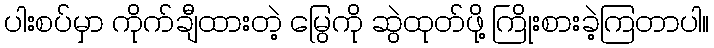
ပါးစပ်မှာ ကိုက်ချီထားတဲ့ မြွေကို ဆွဲထုတ်ဖို့ ကြိုးစားခဲ့ကြတာပါ။